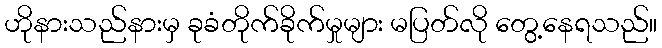
ဟိုနားသည်နားမှ ခုခံတိုက်ခိုက်မှုများ မပြတ်လို တွေ့နေရသည်။